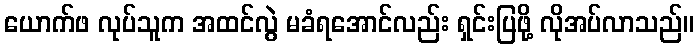
ယောက်ဖ လုပ်သူက အထင်လွဲ မခံရအောင်လည်း ရှင်းပြဖို့ လိုအပ်လာသည်။